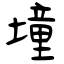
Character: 墥